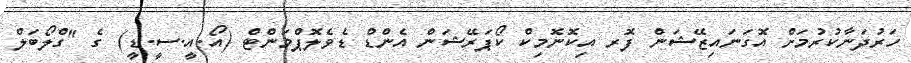
ހަރުދަނާކުރުމަށް އޮގަނައިޒޭޝަން ފޮރ އިކޮނޮމިކް ކޯޕަރޭޝަން އެންޑް ޑެވެލޮޕްމަންޓް (އޯ.އީ.ސީ.ޑީ) ގެ "ގްލޯބަލް